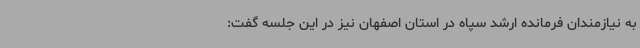
به نیازمندان فرمانده ارشد سپاه در استان اصفهان نیز در این جلسه گفت: